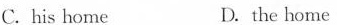
C. his home D. the home